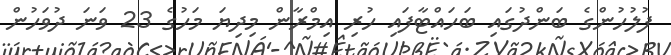
ފުލުހުންގެ ބަންދުގައި ބަހައްޓާފައި ހުރި އިމްރާން މިދިޔަ މަހުގެ 23 ވަނަ ދުވަހުން